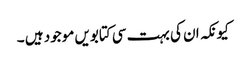
کیونکہ ان کی بہت سی کتابویں موجود ہیں ۔